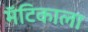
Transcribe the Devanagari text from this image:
मॅटिकाला